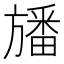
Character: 旙